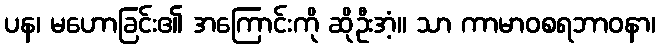
ပန၊ မဟောခြင်း၏ အကြောင်းကို ဆိုဦးအံ့။ သာ ကာမာဝစရဘာဝနာ၊